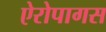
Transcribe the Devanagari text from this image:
ऐरोपागस